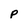
Character: P